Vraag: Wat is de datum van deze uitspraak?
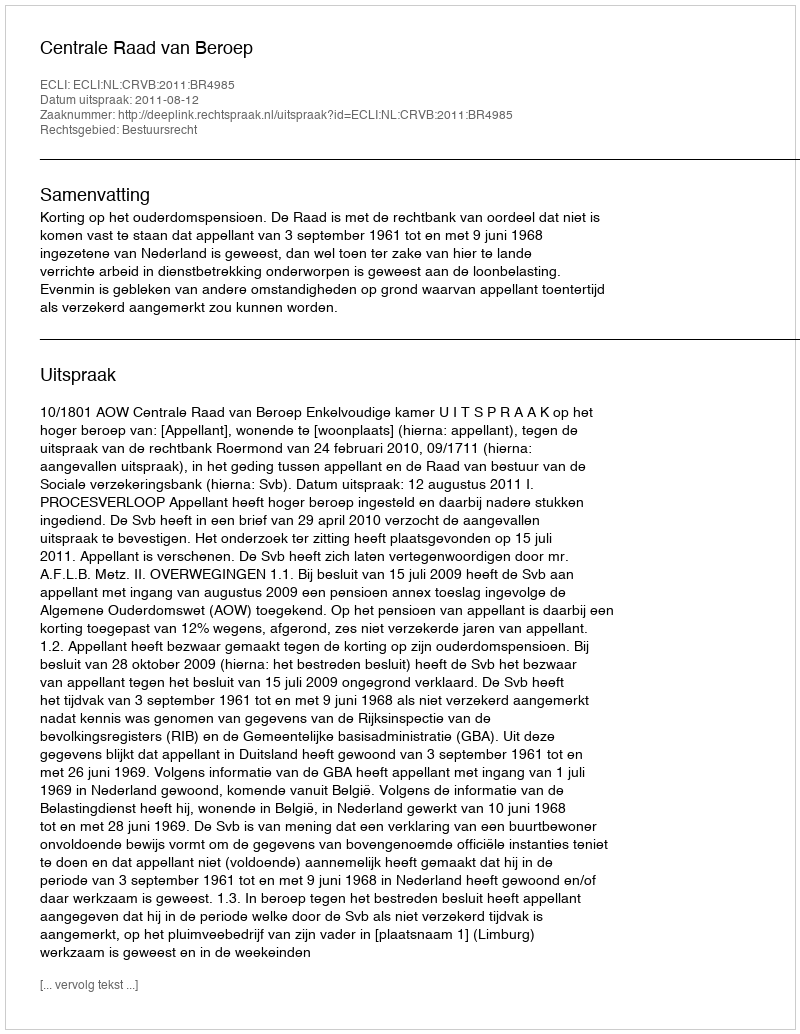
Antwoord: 2011-08-12